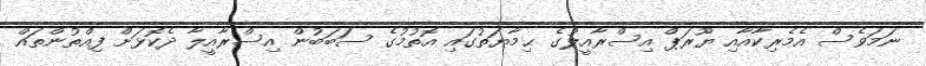
ނަމަވެސް އެމެރިކާއާއި ޔޫރަޕް އިސްރާއީލުގެ ޙިމާޔަތުގައި އޮތުމުގެ ސަަބަބުން އިސްރާއީލާ ދެކޮޅަށް ފިއްތުންތައް